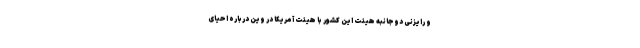
و رایزنی دوجانبه هیئت این کشور با هیئت آمریکا در وین درباره احیای